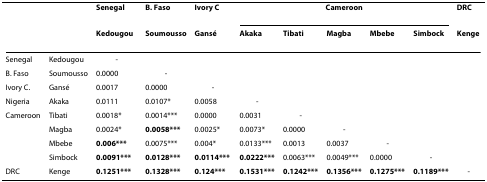
<table><thead><tr><td></td><td></td><td><b>Senegal</b></td><td><b>B. Faso</b></td><td><b>Ivory C</b></td><td colspan="5"><b>Cameroon</b></td><td><b>DRC</b></td></tr><tr><td></td><td></td><td><b>Kedougou</b></td><td><b>Soumousso</b></td><td><b>Gansé</b></td><td><b>Akaka</b></td><td><b>Tibati</b></td><td><b>Magba</b></td><td><b>Mbebe</b></td><td><b>Simbock</b></td><td><b>Kenge</b></td></tr></thead><tbody><tr><td>Senegal</td><td>Kedougou</td><td>-</td><td></td><td></td><td></td><td></td><td></td><td></td><td></td><td></td></tr><tr><td>B. Faso</td><td>Soumousso</td><td>0.0000</td><td>-</td><td></td><td></td><td></td><td></td><td></td><td></td><td></td></tr><tr><td>Ivory C.</td><td>Gansé</td><td>0.0017</td><td>0.0000</td><td>-</td><td></td><td></td><td></td><td></td><td></td><td></td></tr><tr><td>Nigeria</td><td>Akaka</td><td>0.0111</td><td>0.0107*</td><td>0.0058</td><td>-</td><td></td><td></td><td></td><td></td><td></td></tr><tr><td>Cameroon</td><td>Tibati</td><td>0.0018*</td><td>0.0014***</td><td>0.0000</td><td>0.0031</td><td>-</td><td></td><td></td><td></td><td></td></tr><tr><td></td><td>Magba</td><td>0.0024*</td><td><b>0.0058***</b></td><td>0.0025*</td><td>0.0073*</td><td>0.0000</td><td>-</td><td></td><td></td><td></td></tr><tr><td></td><td>Mbebe</td><td><b>0.006***</b></td><td>0.0075***</td><td>0.004*</td><td>0.0133***</td><td>0.0013</td><td>0.0037</td><td>-</td><td></td><td></td></tr><tr><td></td><td>Simbock</td><td><b>0.0091***</b></td><td><b>0.0128***</b></td><td><b>0.0114***</b></td><td><b>0.0222***</b></td><td>0.0063***</td><td>0.0049***</td><td>0.0000</td><td>-</td><td></td></tr><tr><td>DRC</td><td>Kenge</td><td><b>0.1251***</b></td><td><b>0.1328***</b></td><td><b>0.124***</b></td><td><b>0.1531***</b></td><td><b>0.1242***</b></td><td><b>0.1356***</b></td><td><b>0.1275***</b></td><td><b>0.1189***</b></td><td>-</td></tr></tbody></table>